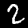
Digit: 2